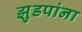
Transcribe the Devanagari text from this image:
झुडपांना